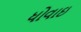
ધોવાઇ